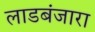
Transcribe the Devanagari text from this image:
लाडबंजारा